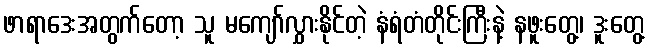
ဖာရာဒေးအတွက်တော့ သူ မကျော်လွှားနိုင်တဲ့ နံရံတံတိုင်းကြီးနဲ့ နဖူးတွေ့၊ ဒူးတွေ့